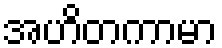
အဟိတကာမာ